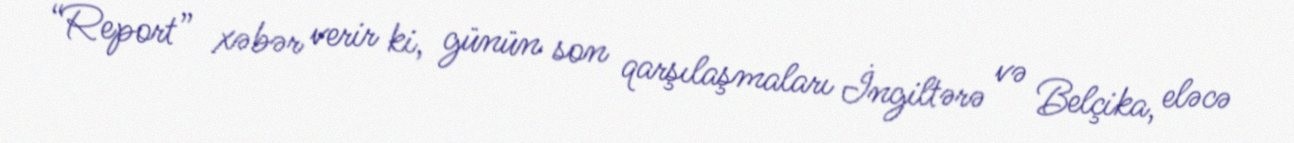
“Report” xəbər verir ki, günün son qarşılaşmaları İngiltərə və Belçika, eləcə